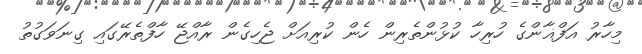
މިހާރު އަފްޣާންގެ ހުރިހާ ކުޅުންތެރިން ހެން ކުރިއަށް ޖެހިގެން ރާއްޖޭ ހާފްތެރޭގައި ގިނަވަގުތު